Madras plague regulations and rules for the inspection of inward and outward bound vessels - Volume 1
Disease focus: Plague
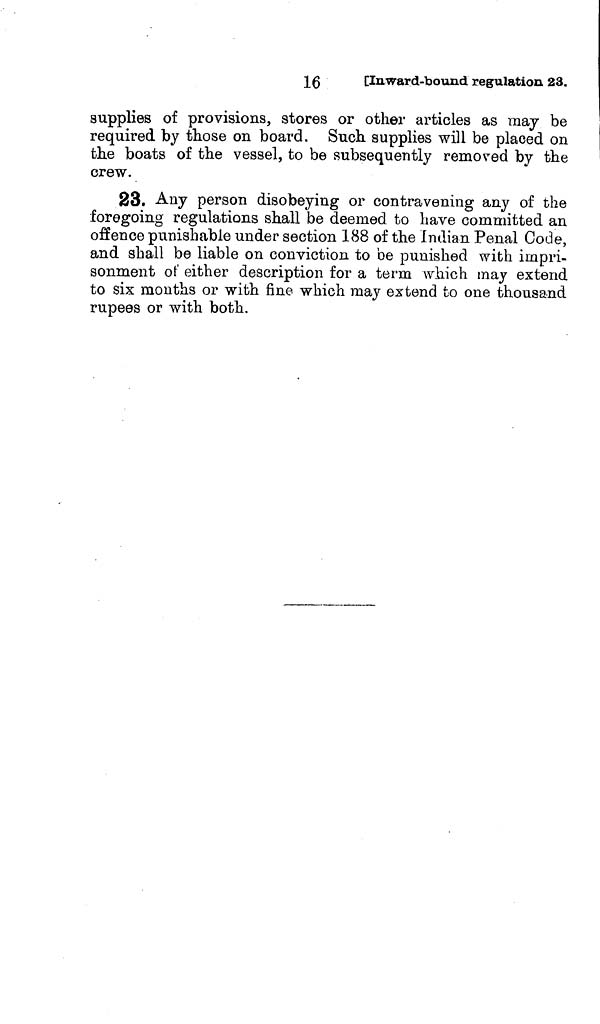
16
[Inward-bound regulation 23.
supplies of provisions, stores or other articles as may be
required by those on board. Such supplies will be placed on
the boats of the vessel, to be subsequently removed by the
crew.
23. Any person disobeying or contravening any of the
foregoing regulations shall be deemed to have committed an
offence punishable under section 188 of the Indian Penal Code,
and shall be liable on conviction to be punished with impri-
sonment of either description for a term which may extend
to six months or with fine which may extend to one thousand
rupees or with both.